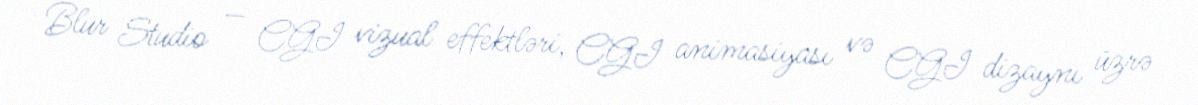
Blur Studio — CGI vizual effektləri, CGI animasiyası və CGI dizaynı üzrə